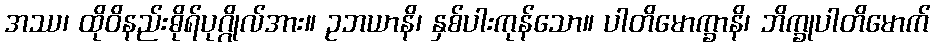
အဿ၊ ထိုဝိနည်းဓိုရ်ပုဂ္ဂိုလ်အား။ ဥဘယာနိ၊ နှစ်ပါးကုန်သော။ ပါတိမောက္ခာနိ၊ ဘိက္ခုပါတိမောက်